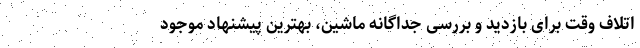
اتلاف وقت برای بازدید و بررسی جداگانه ماشین، بهترین پیشنهاد موجود